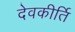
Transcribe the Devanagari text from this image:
देवकीर्ति